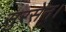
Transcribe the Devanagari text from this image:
सुरसेन।